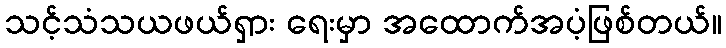
သင့်သံသယဖယ်ရှား ရေးမှာ အထောက်အပံ့ဖြစ်တယ်။